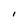
Character: l